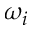
\omega _ { i }